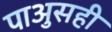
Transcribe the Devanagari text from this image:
पाअुसही